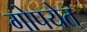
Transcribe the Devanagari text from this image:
गोपयेत्